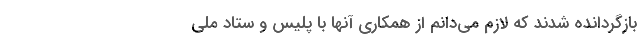
بازگردانده شدند که لازم می‌دانم از همکاری آنها با پلیس و ستاد ملی